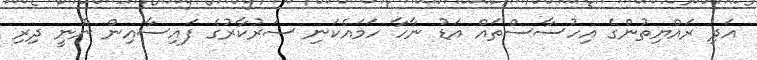
އަދި ރައްޔިތުންގެ އިހުސާސްތައް އަޑު ނާހާ ހަމައެކަނި ސަރުކާރުގެ ފައިސާއިން ނޫނީ ދިރި